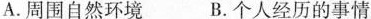
A. 周围自然环境 B. 个人经历的事情